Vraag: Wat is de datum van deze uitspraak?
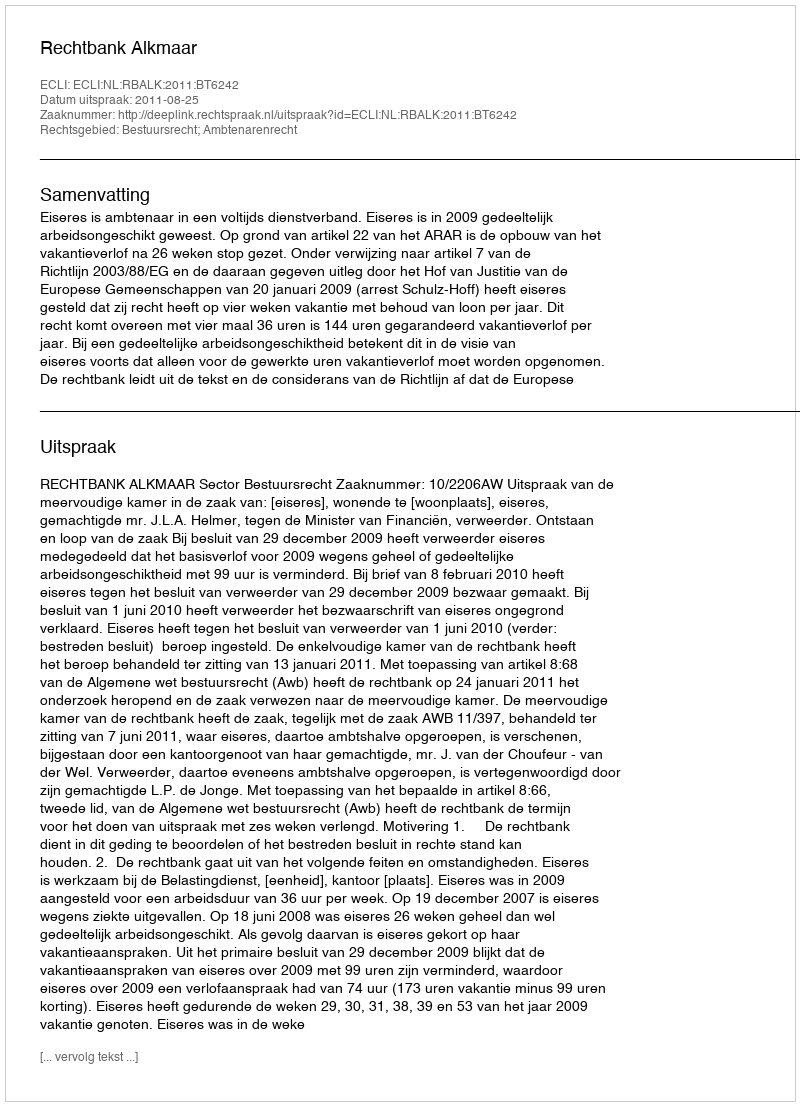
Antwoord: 2011-08-25